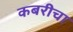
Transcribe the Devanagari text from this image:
कबरीचा